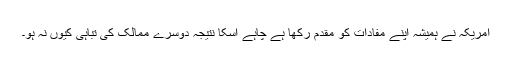
امریکہ نے ہمیشہ اپنے مفادات کو مقدم رکھا ہے چاہے اسکا نتیجہ دوسرے ممالک کی تباہی کیوں نہ ہو۔